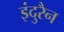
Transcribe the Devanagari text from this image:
इंदुरैन